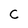
Character: c